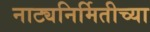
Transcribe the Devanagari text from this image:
नाट्यनिर्मितीच्या